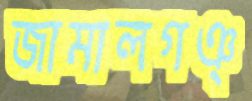
জামালগঞ্